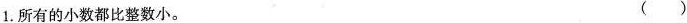
1.所有的小数都比整数小。 ( )